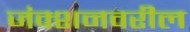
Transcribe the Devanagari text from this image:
जंक्शनवरील